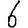
Digit: 6